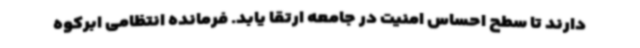
دارند تا سطح احساس امنیت در جامعه ارتقا یابد. فرمانده انتظامی ابرکوه